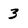
Character: 3